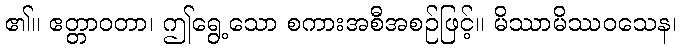
၏။ ဧတ္တာဝတာ၊ ဤရွေ့သော စကားအစီအစဉ်ဖြင့်။ မိဿာမိဿဝသေန၊